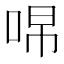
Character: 𭇽